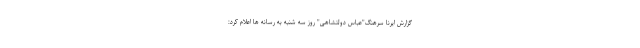
گزارش ایرنا سرهنگ"عباس دولتشاهی" روز سه شنبه به رسانه ها اعلام کرد: